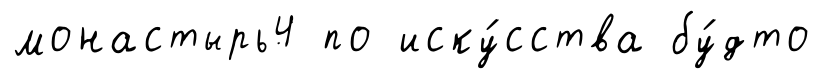
монастырь4 по иску́сства бу́дто